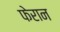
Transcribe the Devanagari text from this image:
फेरान